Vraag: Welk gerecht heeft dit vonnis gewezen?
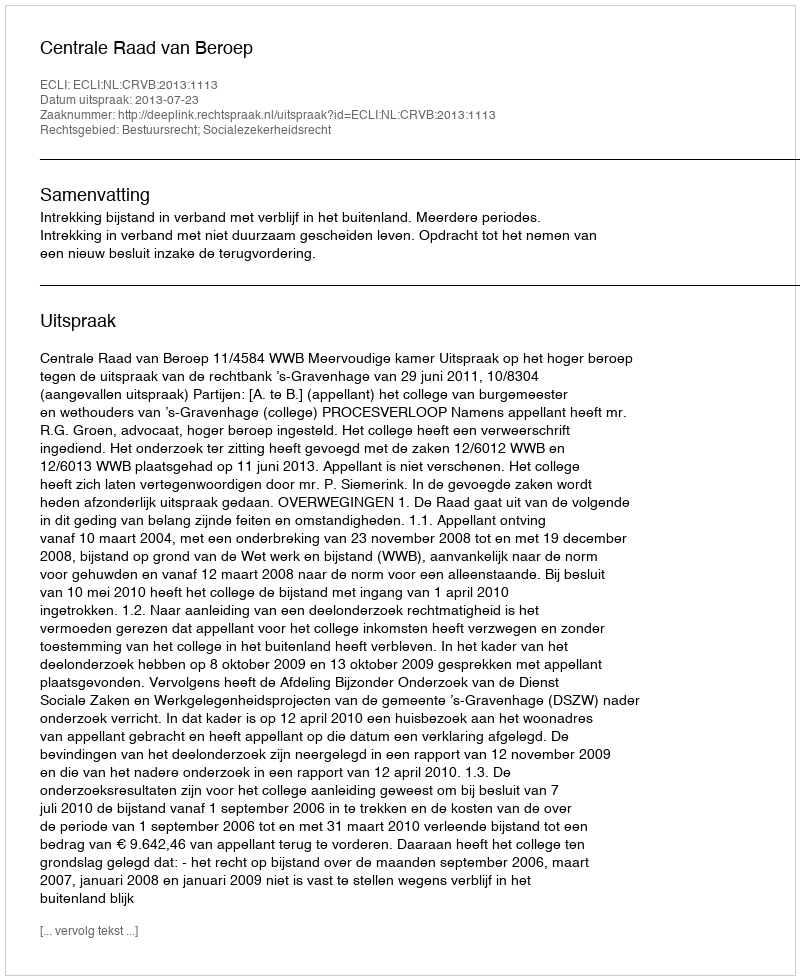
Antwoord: Centrale Raad van Beroep